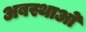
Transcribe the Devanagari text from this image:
अबस्थाओ